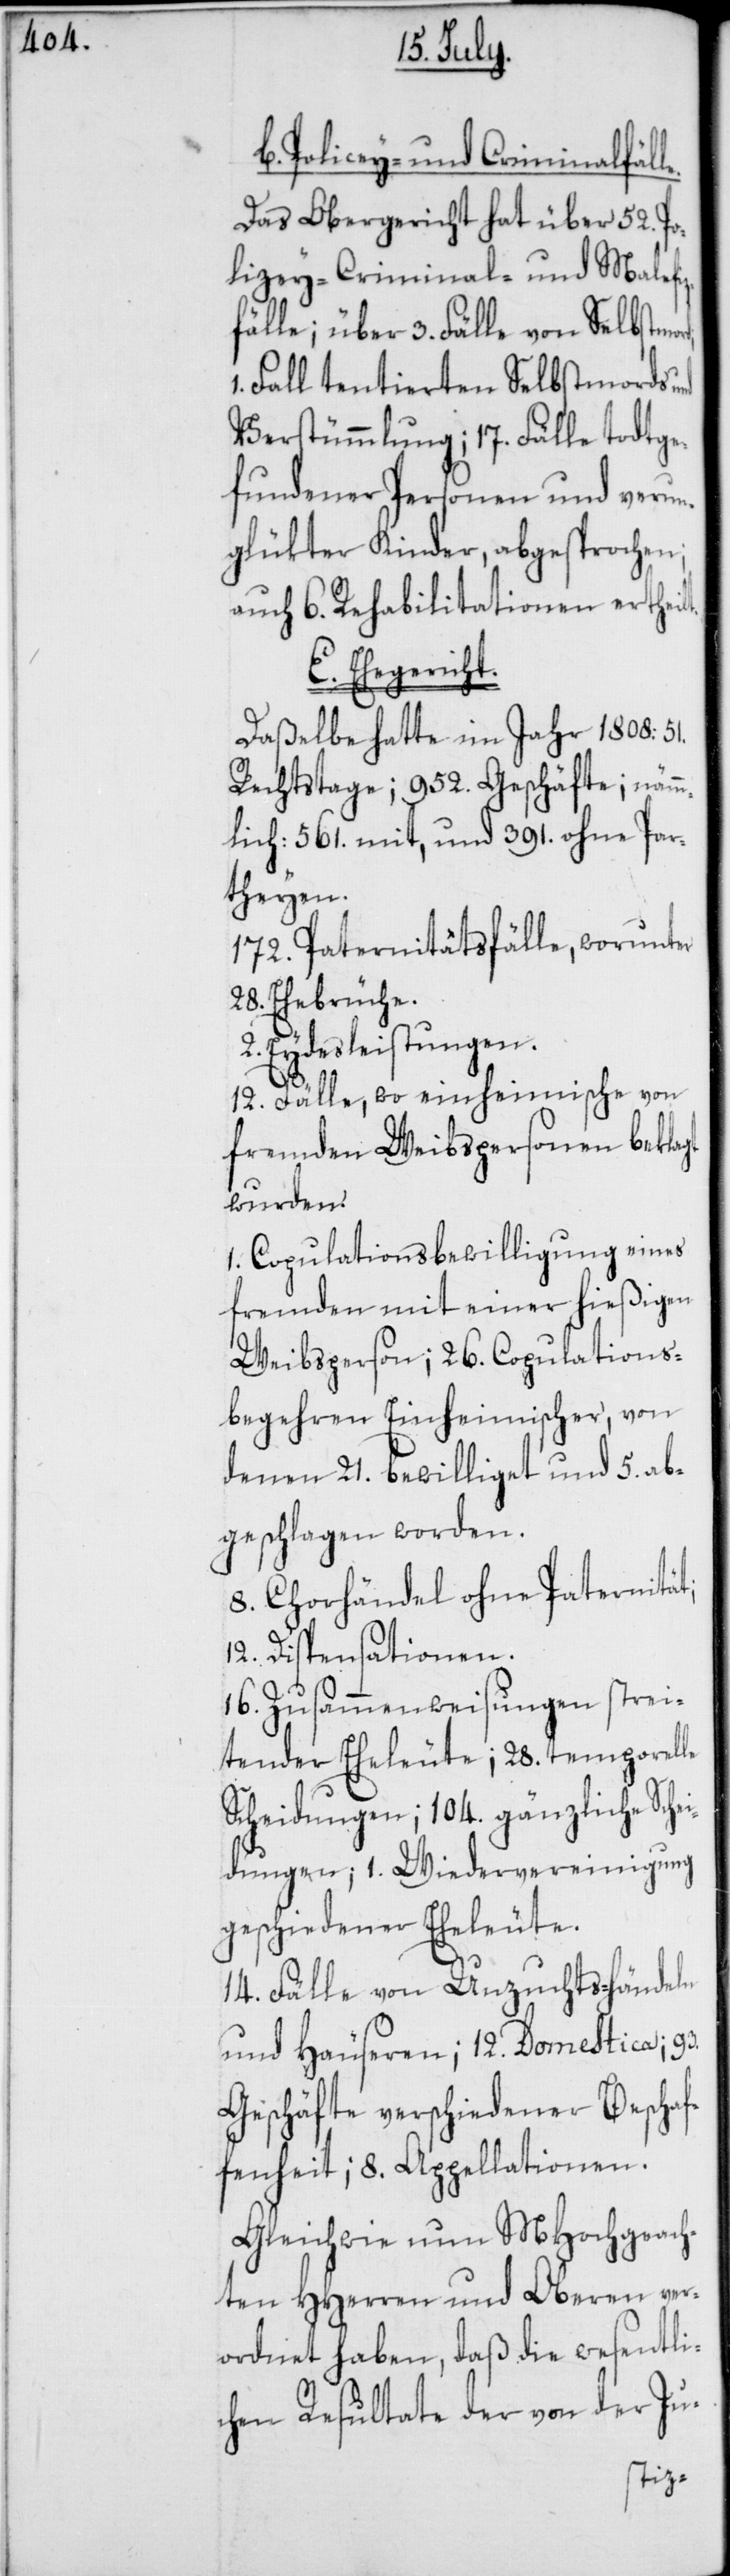
b. Polizey- und Criminalfäll¬
Das Obergericht hat über 52. Po¬
lizey-[,] Criminal- und Malefi¬
zfälle; über 3. Fälle von Selbstmo¬
Fall tentierten Selbstmord und
Verstümmlung; 17. Fälle todtge¬
fundener Personen und verun¬
glükter Kinder, abgesprochen;
auch 6. Rehabilitationen ertheil¬
E. Ehegericht.
Daßelbe hatte im Jahr 1808: 51.
Rechtstage; 952. Geschäfte; nämm¬
lich: 561. mit, und 391. ohne Par¬
theyen.
172. Paternitätsfälle, worunter
28. Ehebrüche.
2. Eydesleistungen.
f¬
12. Fälle, wo einheimische von
fremden Weibspersonen beklagt
wurden.
1. Copulationsbewilligung eines
Fremden mit einer hießigen
Weibsperson; 26. Copulations¬
begehren Einheimischer, von
denen 21. bewilliget und 5. ab¬
geschlagen worden.
8. Chorhändel ohne Paternität;
12. Dispensationen.
16. Zusammenweisungen strei¬
tender Eheleute; 28. temporelle
Scheidungen; 104. gänzliche Sche¬
idungen; 1. Wiedervereinignung
geschiedener Eheleute.
14. Fälle von Unzuchts-händeln
und Häuseren; 12. Domestica; 93.
Geschäfte verschiedener Bescha¬
fenheit; 8. Appellationen.
Gleichwie nun MHochgeach¬
ten HHerren und Oberen ver¬
ordnet haben, daß die wesentli¬
chen Resultate der von der Ju-